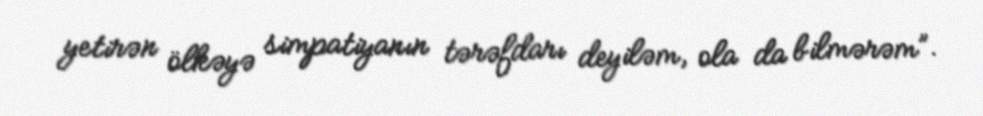
yetirən ölkəyə simpatiyanın tərəfdarı deyiləm, ola da bilmərəm”.